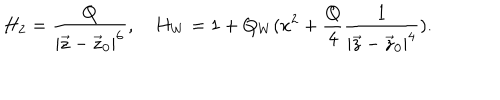
LaTeX: H _ { 2 } = { \frac { Q } { | \vec { z } - \vec { z } _ { 0 } | ^ { 6 } } } , H _ { W } = 1 + Q _ { W } ( x ^ { 2 } + { \frac { Q } { 4 } } { \frac { 1 } { | \vec { z } - \vec { z } _ { 0 } | ^ { 4 } } } ) .